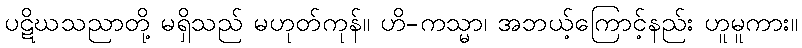
ပဋိဃသညာတို့ မရှိသည် မဟုတ်ကုန်။ ဟိ-ကသ္မာ၊ အဘယ့်ကြောင့်နည်း ဟူမူကား။